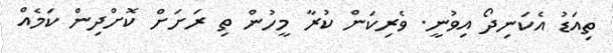
ތިއަޑު އެކަނިދޯ އިވުނީ. ވެރިކަން ކުރާ މީހުން ތި ރަށަށް ކޮށްދިން ކަމެއް